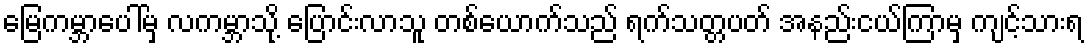
မြေကမ္ဘာပေါ်မှ လကမ္ဘာသို့ ပြောင်းလာသူ တစ်ယောက်သည် ရက်သတ္တပတ် အနည်းငယ်ကြာမှ ကျင့်သားရ